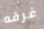
غرفه